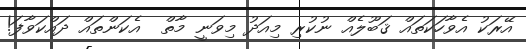
އޭރަކު އެވާހަކަތައް ޤަބޫލެއް ނުކުރި މިއަދު މިވަނީ މާތް  އެކަންތައް ދައްކަވާފަ!